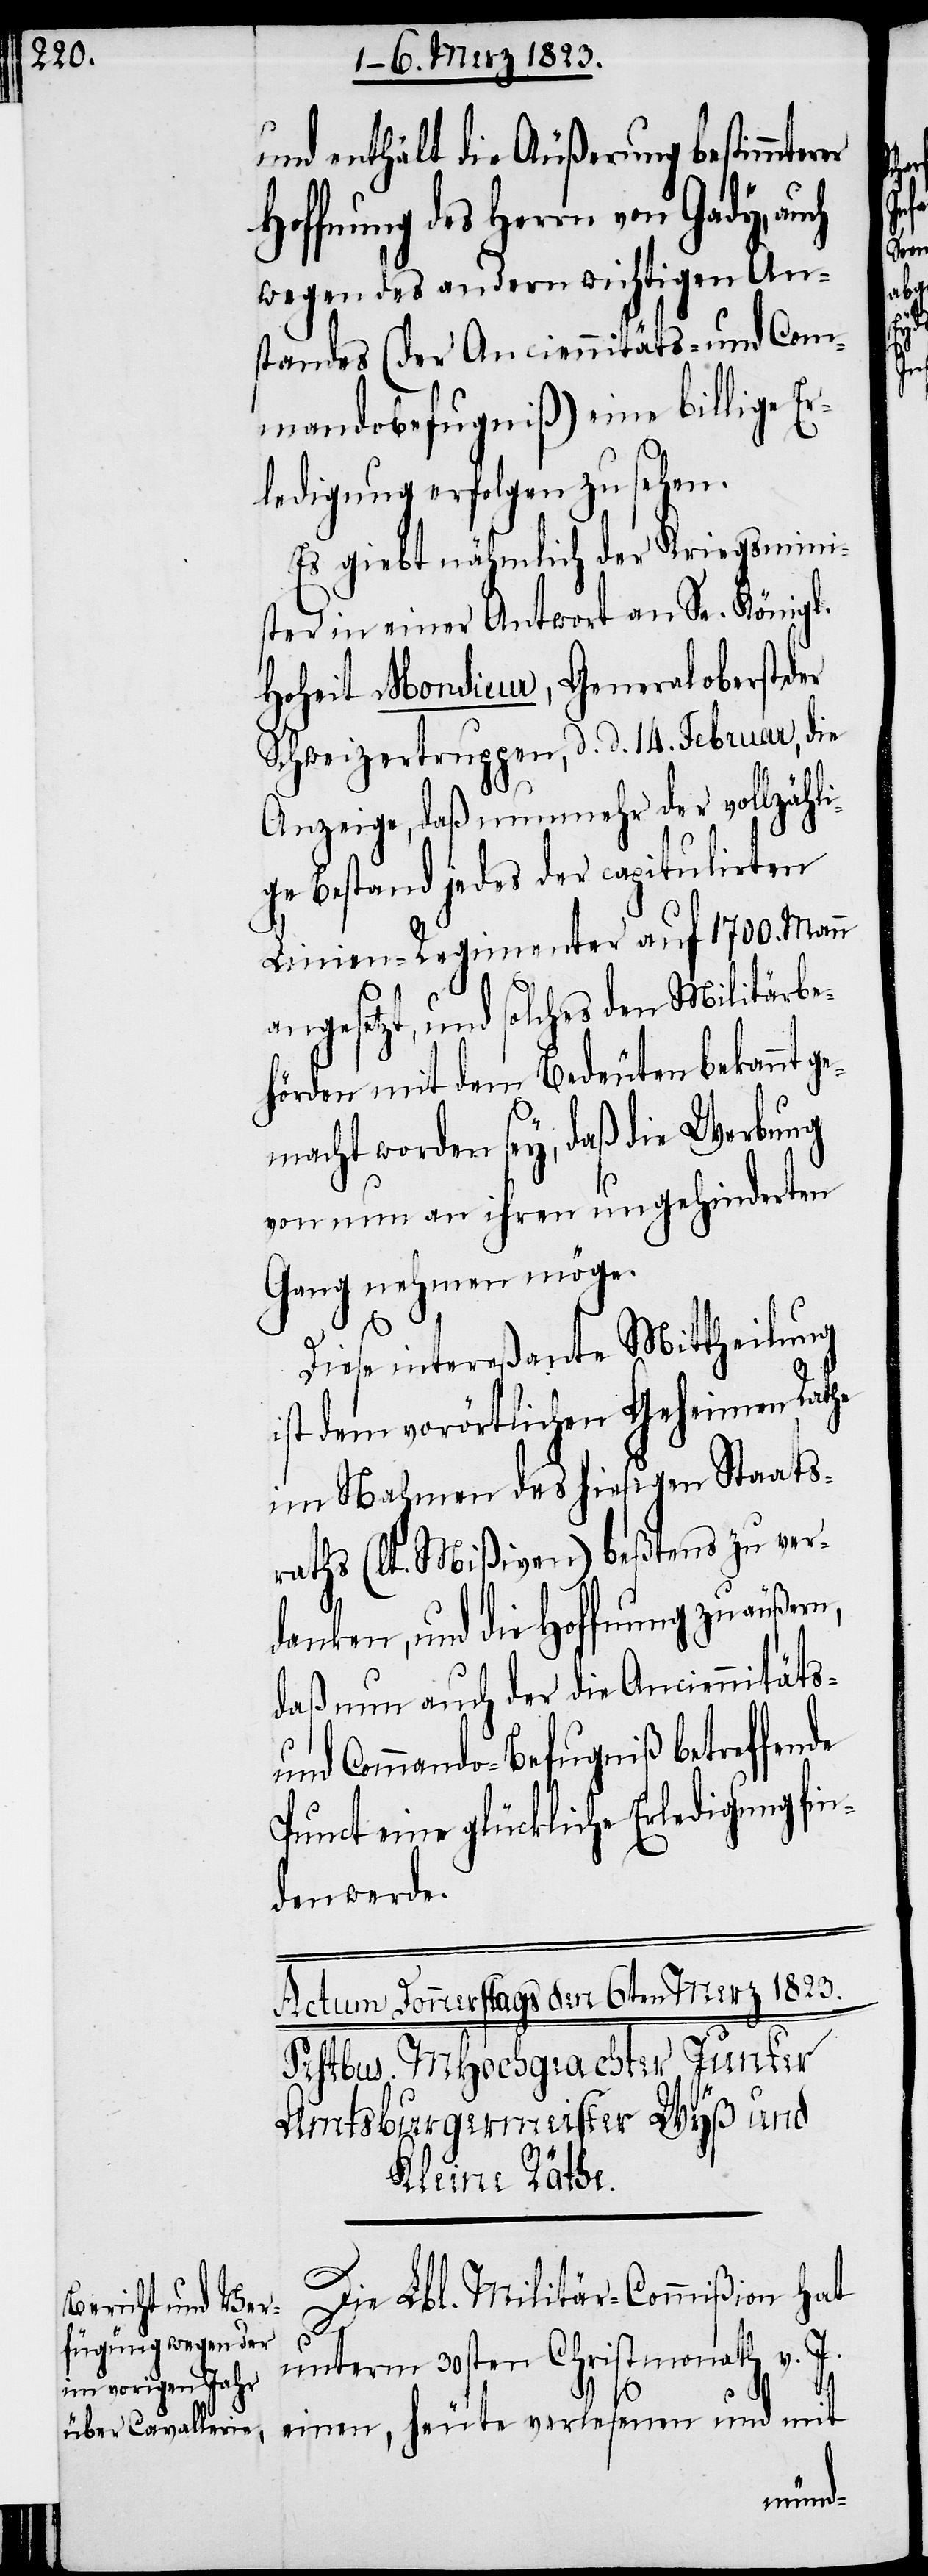
und enthält die Äußerung bestimmter¬
Hoffnung des Herrn von Gady,
wegen des andern wichtigen An¬
standes (der Anciennitäts- und Com¬
mandobefugniß) eine billige Er¬
ledigung erfolgen zu sehen.
Es giebt nähmlich der Kriegsmini¬
ster in einer Antwort an Se. Königl.
Hoheit Monsieur, Generaloberst der
Schweizertruppen, d. d. 14. Februar, die
er
Anzeige, daß nunmehr der vollzähli¬
ge Bestand jedes der capitulirten
Linien-Regimenter auf 1700. Mann
angesetzt, und solches den Militärbe¬
hörden mit dem Bedeuten bekannt ge¬
macht worden sey, daß die Werbung
von nun an ihren ungehinderten
Gang nehmen möge.
Diese intereßante Mittheilung
ist dem vorörtlichen Geheimen Rathe
im Nahmen des hiesigen Staats¬
raths (lt. Mißiven) beßtens zu ver¬
danken, und die Hoffnung zu äußern,
daß nun auch der die Anciennitäts-
und Commando-Befugniß betreffende
Punct eine glückliche Erledigung fin¬
den werde.
Die Lbl. Militär-Commißion hat
unterm 30sten Christmonath v. J.
einen, heute verlesenen und mit